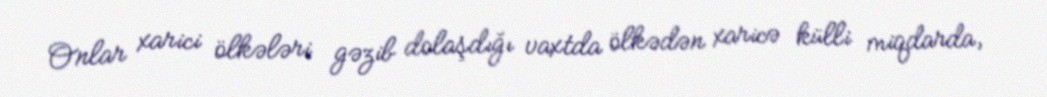
Onlar xarici ölkələri gəzib dolaşdığı vaxtda ölkədən xaricə külli miqdarda,